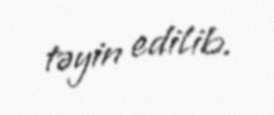
təyin edilib.